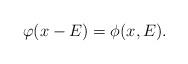
LaTeX: \begin{align*}\varphi(x-E)=\phi(x,E).\end{align*}